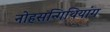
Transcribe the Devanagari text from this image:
नोहसन्गिथियांग